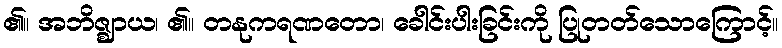
၏။ အဘိဇ္ဈာယ၊ ၏။ တနုကရဏတော၊ ခေါင်းပါးခြင်းကို ပြုတတ်သောကြောင့်။